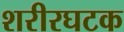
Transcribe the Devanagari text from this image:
शरीरघटक